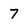
Character: 7